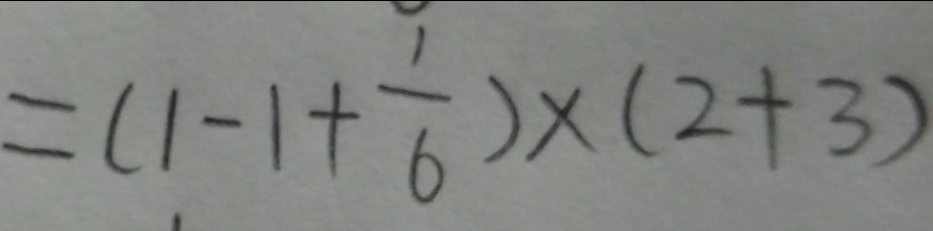
= ( 1 - 1 + \frac { 1 } { 6 } ) \times ( 2 + 3 )